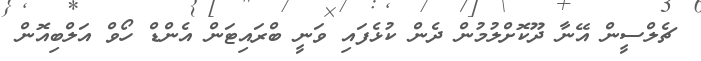
ޗެލްސީން އޭނާ ދޫކޮށްލުމުން ދެން ކުޅެފައި ވަނީ ބްރައިޓަން އެންޑް ހޯވް އަލްބިއޮން